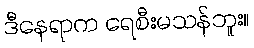
ဒီနေရာက ရေစီးမသန်ဘူး။